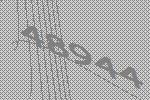
48944